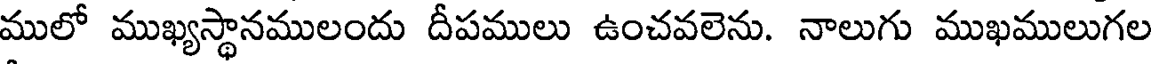
ములో ముఖ్యస్థానములందు దీపములు ఉంచవలెను. నాలుగు ముఖములుగల